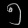
Digit: ၅